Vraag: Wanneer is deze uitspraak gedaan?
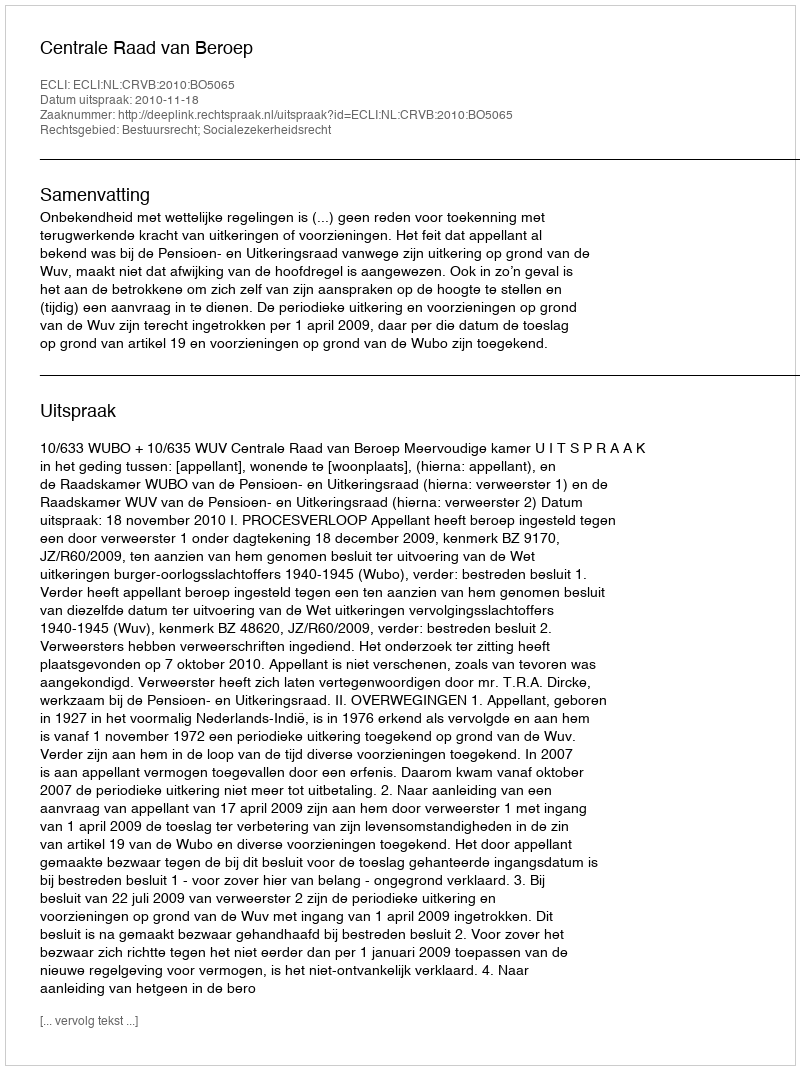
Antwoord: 2010-11-18